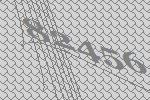
82456